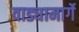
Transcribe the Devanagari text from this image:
वाड्यामार्गे